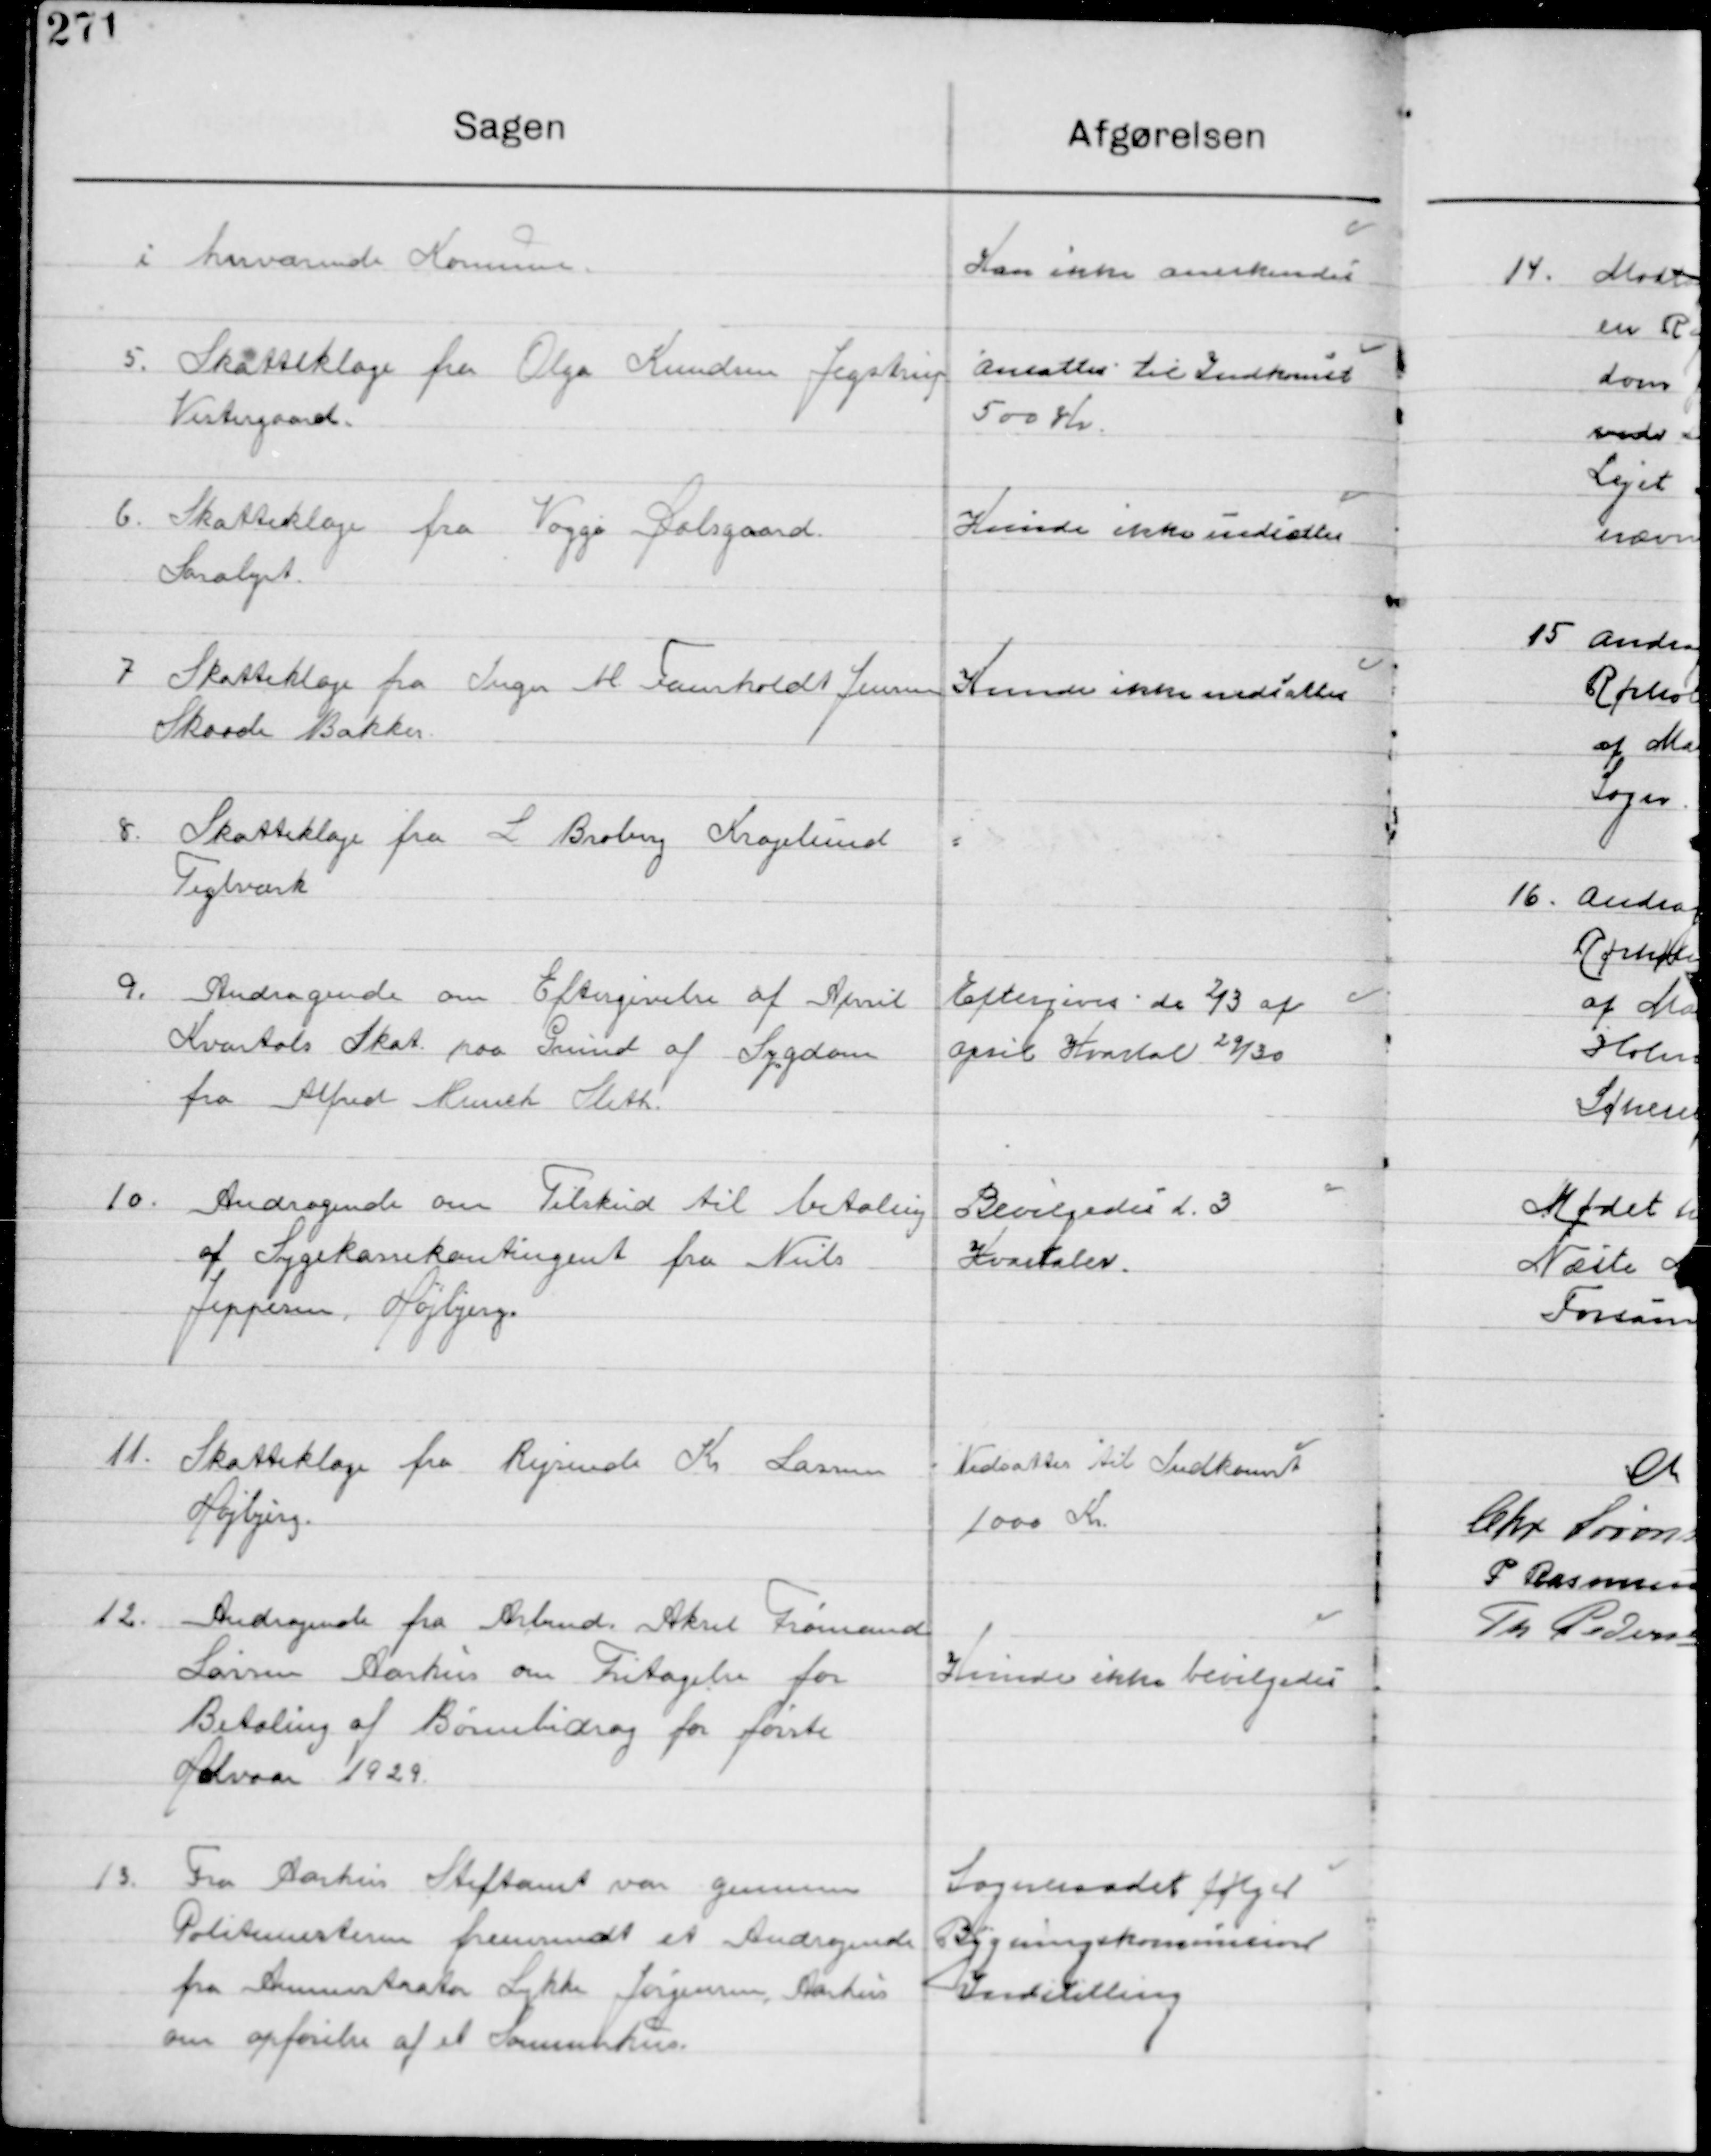
Transskription:
i herværende Kommune

Kan ikke anerkendes

5

Skatteklage Olga Knudsen Jegstrup
Vestergaard

Ansættes til Indkomst
500 Kr.

6

Skatteklage fra Viggo Solsgaard
Saralyst

Kunde ikke indesættes

7

Skatteklage fra Inger H. Faurholdt Jensen
Skaade Bakker

Kunde ikke indesættes

8

Skatteklage fra L. Broby Kragelund
Teglværk

9

Andragende om Eftergivelse af April
Kvartals Skat paa Grund af Sygdom
fra Alfred Kennet Sleth

Eftergives de 2/3 af
April Kvartal 29/30

10

Andragende om Tilskud til betaling
af Sygekassekontingent fra Niels
Jeppesen Højbjerg

Bevilgedes d. 3
Kvartaler

11

Skatteklage fra Rejsende Kr. Larsen
Højbjerg

Nedsættes til Indkomst
1000 Kr.

12

Andragende fra Arbmd. Aksel frømand
Larsen Aarhus om fritagelse for 
Betaling af Børnebidrag for første
Halvaar 1929

Kunde ikke bevilgedes

13

Fra Aarhus Stiftsamt var gennem
Politimesteren fremsendt et Andragende
fra Administrator Lykke Jørgensen Aarhus
om opførelse af Sommerhus

Sogneraadet følger 
Bygningskommissionens
Indstilling